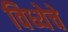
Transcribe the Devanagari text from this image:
विध्येचे